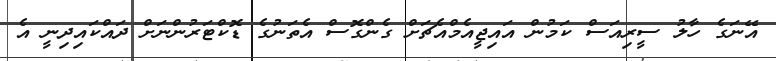
އޭނަގެ ހާލު ސީރިއަސް ކަމުން އައިޖީއެމްއެޗަށް ގެންގޮސް އެތަނުގެ ޑޮކްޓަރުންނަށް ދައްކައިދިނީ އެ